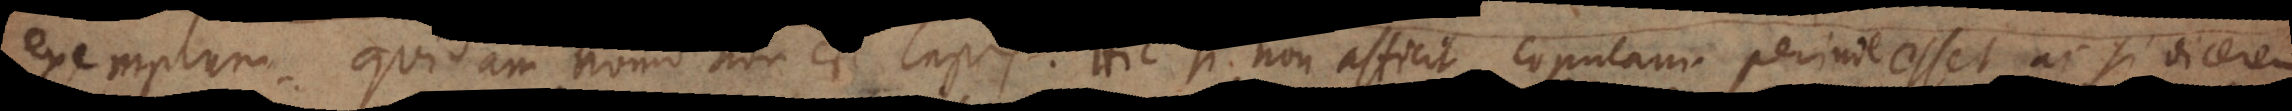
exemplum. Quidam homo non est lapis. Hic si non afficit copulam perinde esset ac si dicerem: